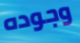
وجوده